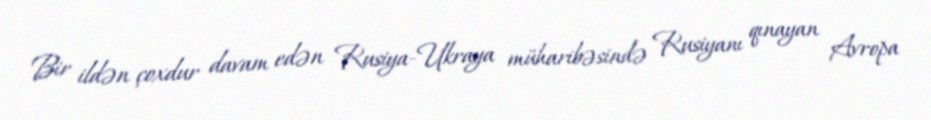
Bir ildən çoxdur davam edən Rusiya-Ukraya müharibəsində Rusiyanı qınayan Avropa